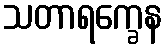
သတာရက္ခေန